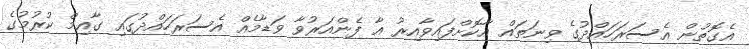
އެގޮތުން އެސަރަހައްދުގެ ވިނަތައް އާކޮށްފައިވާއިރު އާ ފެންއަރުވާ ވަޑާމެއް އެސަރަހައްދުގައި ގާއިމް ކުރުމުގެ